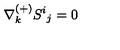
\nabla _ { k } ^ { ( + ) } S ^ { i } { } _ { j } = 0